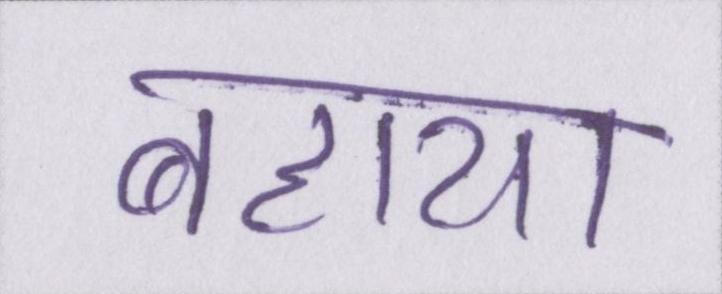
बहाया